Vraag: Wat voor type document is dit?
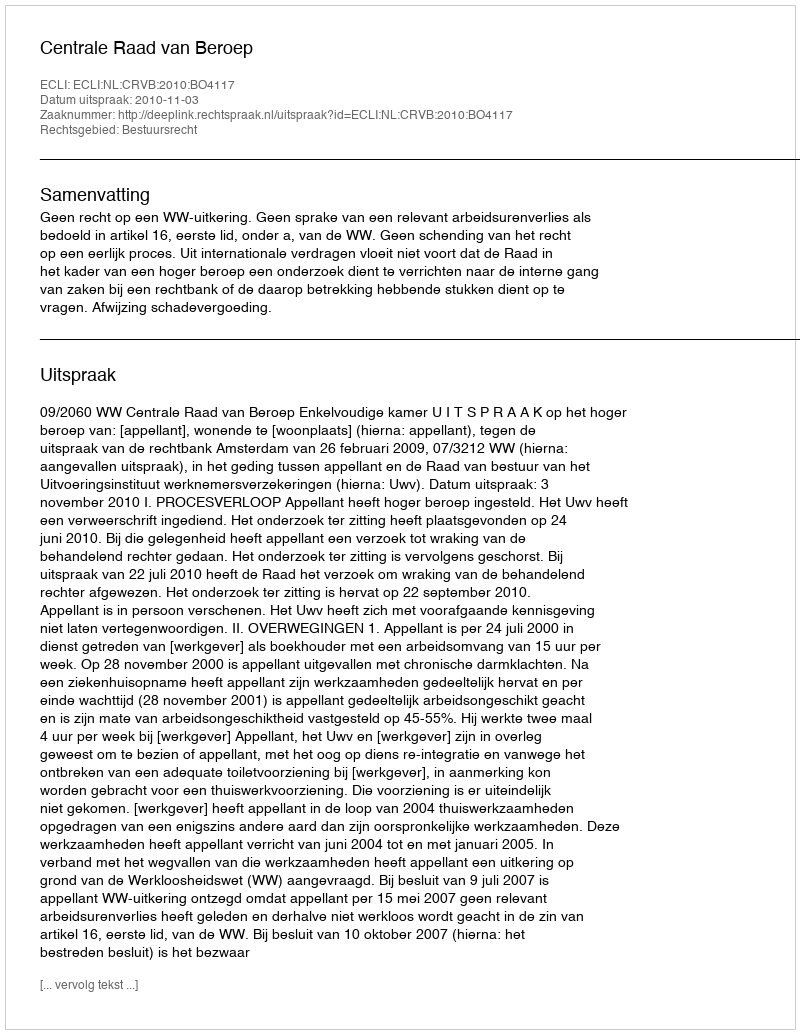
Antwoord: Uitspraak